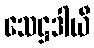
သေဋ္ဌဒါယီ